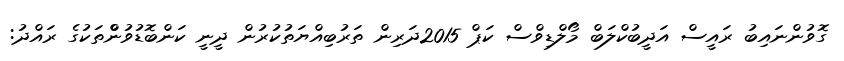
ގޮވުންނައިބު ރައީސް އަދީބުކްލަބް މޯލްޑިވްސް ކަޕް 2015ދަރިން ތަރުބިއްޔަތުކުރުން ދީނީ ކަންބޮޑުވުންްތަކުގެ ރައްދު: